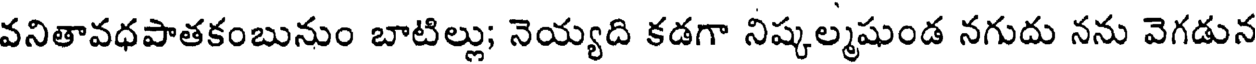
వనితావధపాతకంబునుం బాటిల్లు; నెయ్యది కడగా నిష్కల్మషుండ నగుదు నను వెగడున